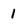
Character: I